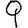
Digit: 9